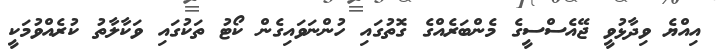
އިއްޔެ ވިދާޅުވީ ޖޭއެސްސީގެ މެންބަރެއްގެ ގޮތުގައި ހުންނަވައިގެން ކޯޓު ތަކުގައި ވަކާލާތު ކުރެއްވުމަކީ